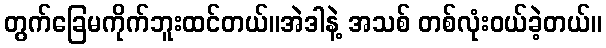
တွက်ခြေမကိုက်ဘူးထင်တယ်။အဲဒါနဲ့ အသစ် တစ်လုံးဝယ်ခဲ့တယ်။